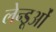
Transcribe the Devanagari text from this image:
लेन्डूओं